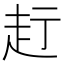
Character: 𧺗